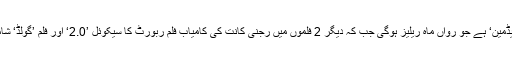
بالی ووڈ کھلاڑی کی اس سال بھی 3 فلمیں ریلیز ہوں گی جن میں پہلی فلم ’پیڈمین‘ ہے جو رواں ماہ ریلیز ہوگی جب کہ دیگر 2 فلموں میں رجنی کانت کی کامیاب فلم ربورٹ کا سیکوئل ’2.0‘ اور فلم ’گولڈ‘ شامل ہیں جب کہ ان کی نئی فلم ’کیساری‘ کی جھلک نے بھی ہلچل مچادی ہے۔